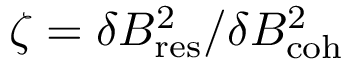
\zeta = \delta B _ { \mathrm { r e s } } ^ { 2 } / \delta B _ { \mathrm { c o h } } ^ { 2 }